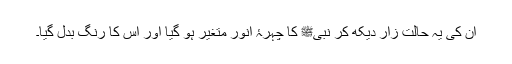
ان کی یہ حالت زار دیکھ کر نبیﷺ کا چہرۂ انور متغیر ہو گیا اور اس کا رنگ بدل گیا۔